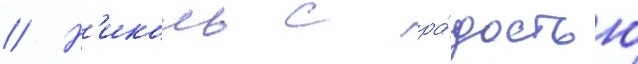
// Н'иколь с ра́достью